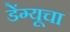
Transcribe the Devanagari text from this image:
डेंग्यूचा